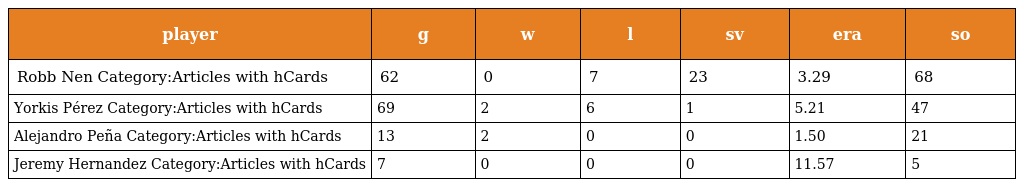
| player | g | w | l | sv | era | so |
 | --- | --- | --- | --- | --- | --- | --- |
 | Robb Nen Category:Articles with hCards | 62 | 0 | 7 | 23 | 3.29 | 68 |
 | Yorkis Pérez Category:Articles with hCards | 69 | 2 | 6 | 1 | 5.21 | 47 |
 | Alejandro Peña Category:Articles with hCards | 13 | 2 | 0 | 0 | 1.50 | 21 |
 | Jeremy Hernandez Category:Articles with hCards | 7 | 0 | 0 | 0 | 11.57 | 5 |